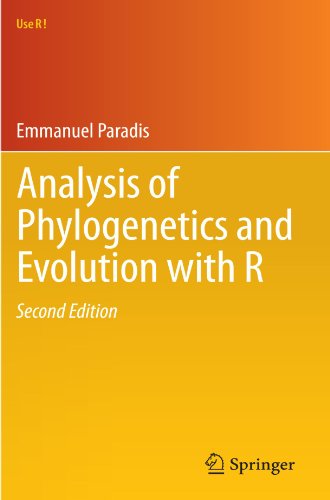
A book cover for Analysis of Phylogenetics and Evolution with R (Use R!); Emmanuel Paradis; Computers & Technology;